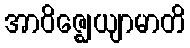
အာဝိဇ္ဈေယျာမာတိ